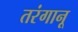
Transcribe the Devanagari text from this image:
तरंगानू